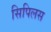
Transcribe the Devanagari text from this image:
सिपिलस